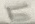
Text: E